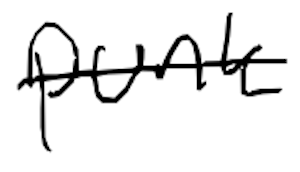
Text: punk
Cross-out: mix
Writing tool: digital_black